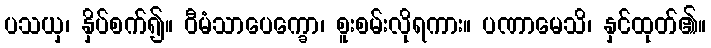
ပသယှ၊ နှိပ်စက်၍။ ဝီမံသာပေက္ခော၊ စူးစမ်းလိုရကား။ ပဏာမေသိ၊ နှင်ထုတ်၏။